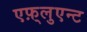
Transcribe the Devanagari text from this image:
एफ़्लुएन्ट